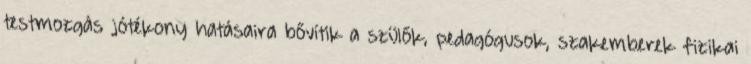
testmozgás jótékony hatásaira bővítik a szülők, pedagógusok, szakemberek fizikai